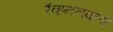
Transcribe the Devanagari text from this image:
रॅव्हननक्लॉ